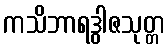
ကသိဘာရဒွါဇသုတ္တ